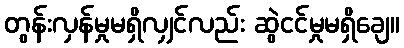
တွန်းလှန်မှုမရှိလျှင်လည်း ဆွဲငင်မှုမရှိချေ။